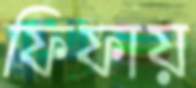
ফিফায়